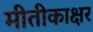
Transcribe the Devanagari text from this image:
मीतीकाक्षर